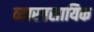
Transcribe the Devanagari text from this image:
व्यारवसायिक